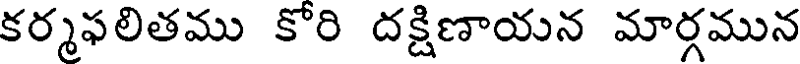
కర్మఫలితము కోరి దక్షిణాయన మార్గమున